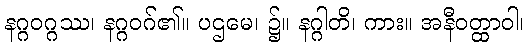
နဂ္ဂဝဂ္ဂဿ၊ နဂ္ဂဝဂ်၏။ ပဌမေ၊ ၌။ နဂ္ဂါတိ၊ ကား။ အနီဝတ္ထာဝါ၊